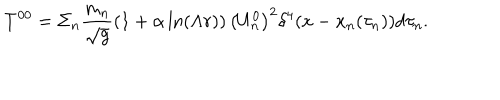
T ^ { 0 0 } = \Sigma _ { n } \frac { m _ { n } } { \sqrt { g } } \left( 1 + \alpha \ln ( \Lambda r ) \right) \left( U _ { n } ^ { 0 } \right) ^ { 2 } \delta ^ { 4 } ( x - x _ { n } ( \tau _ { n } ) ) d \tau _ { n } .